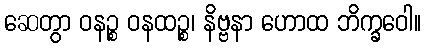
ဆေတွာ ဝနဉ္စ ဝနထဉ္စ၊ နိဗ္ဗနာ ဟောထ ဘိက္ခဝေါ။